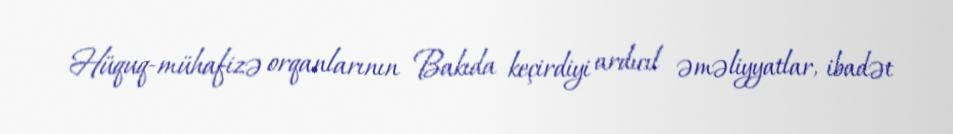
Hüquq-mühafizə orqanlarının Bakıda keçirdiyi ardıcıl əməliyyatlar, ibadət